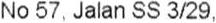
NO 57, JALAN SS 3/29,